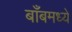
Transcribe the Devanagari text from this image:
बाँबमध्ये